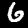
Label: 6